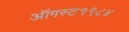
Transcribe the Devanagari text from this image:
ऑगस्ट१९८४